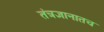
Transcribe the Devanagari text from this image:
तंत्रज्ञानातच